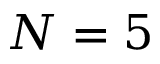
N = 5